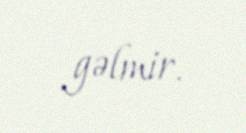
gəlmir.